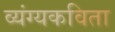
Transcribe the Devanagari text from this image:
व्यंग्यकविता